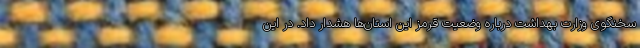
سخنگوی وزارت بهداشت درباره وضعیت قرمز این استان‌ها هشدار داد. در این